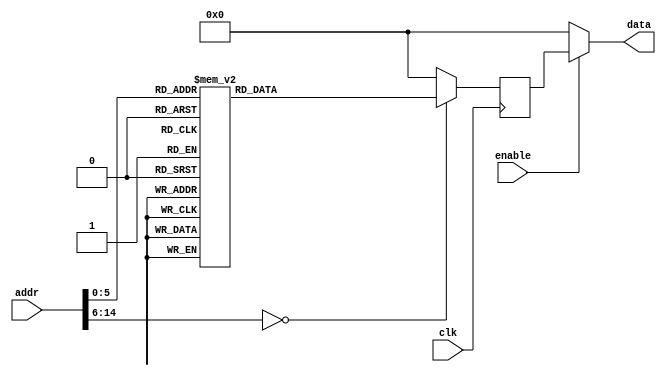
module rom07(input clk, input enable, input [15-1:0] addr, output [16-1:0] data);
    reg [16-1:0] data_reg;
    always @ (posedge clk)
        case(addr)
            15'h0 : data_reg <= 16'h5341;
            15'h1 : data_reg <= 16'h4D52;
            15'h2 : data_reg <= 16'h1C28;
            15'h3 : data_reg <= 16'h9C0D;
            15'h4 : data_reg <= 16'h6D8C;
            15'h5 : data_reg <= 16'h221D;
            15'h6 : data_reg <= 16'h5D8C;
            15'h7 : data_reg <= 16'h0D1D;
            15'h8 : data_reg <= 16'h281B;
            15'h9 : data_reg <= 16'h0D1C;
            15'hA : data_reg <= 16'h8C9C;
            15'hB : data_reg <= 16'h1D6D;
            15'hC : data_reg <= 16'h8C22;
            15'hD : data_reg <= 16'h1D5D;
            15'hE : data_reg <= 16'h1C22;
            15'hF : data_reg <= 16'h3C22;
            15'h10 : data_reg <= 16'h1E3E;
            15'h11 : data_reg <= 16'h0037;
            15'h12 : data_reg <= 16'h3C23;
            15'h13 : data_reg <= 16'h3EE5;
            15'h14 : data_reg <= 16'h1CD0;
            15'h15 : data_reg <= 16'h1D0B;
            15'h16 : data_reg <= 16'h1E0C;
            15'h17 : data_reg <= 16'h25E9;
            15'h18 : data_reg <= 16'h2111;
            15'h19 : data_reg <= 16'h7081;
            15'h1A : data_reg <= 16'h1D4D;
            15'h1B : data_reg <= 16'h0DEB;
            15'h1C : data_reg <= 16'h281B;
            15'h1D : data_reg <= 16'h0D1C;
            15'h1E : data_reg <= 16'h8C9C;
            15'h1F : data_reg <= 16'h1D6D;
            15'h20 : data_reg <= 16'h8C22;
            15'h21 : data_reg <= 16'h1D5D;
            15'h22 : data_reg <= 16'h1C22;
            15'h23 : data_reg <= 16'h3C22;
            15'h24 : data_reg <= 16'h1E3E;
            15'h25 : data_reg <= 16'h002E;
            15'h26 : data_reg <= 16'h3C23;
            15'h27 : data_reg <= 16'h3EE5;
            15'h28 : data_reg <= 16'h1CD0;
            15'h29 : data_reg <= 16'h1D0B;
            15'h2A : data_reg <= 16'hEC0C;
            15'h2B : data_reg <= 16'h1125;
            15'h2C : data_reg <= 16'h8121;
            15'h2D : data_reg <= 16'h1D5D;
            15'h2E : data_reg <= 16'h5D22;
            15'h2F : data_reg <= 16'h211D;
            15'h30 : data_reg <= 16'hE8D0;
            default : data_reg <= 0;
        endcase
    assign data = ( enable ? data_reg : 0 );
endmodule